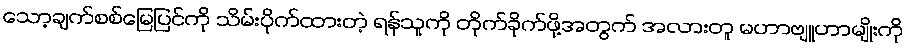
သော့ချက်စစ်မြေပြင်ကို သိမ်းပိုက်ထားတဲ့ ရန်သူကို တိုက်ခိုက်ဖို့အတွက် အလားတူ မဟာဗျူဟာမျိုးကို